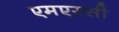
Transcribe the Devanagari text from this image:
एमएस्सी